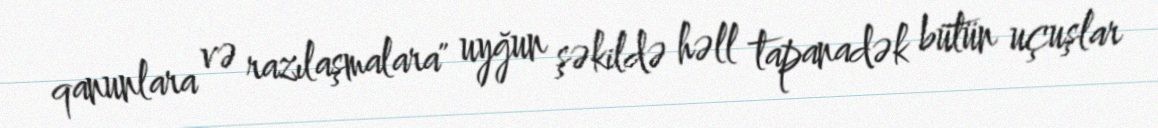
qanunlara və razılaşmalara" uyğun şəkildə həll tapanadək bütün uçuşlar